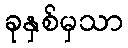
ခုနှစ်မှသာ